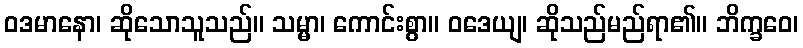
ဝဒမာနော၊ ဆိုသောသူသည်။ သမ္မာ၊ ကောင်းစွာ။ ဝဒေယျ၊ ဆိုသည်မည်ရာ၏။ ဘိက္ခဝေ၊